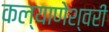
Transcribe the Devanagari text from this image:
कल्याणेश्वरी